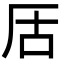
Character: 㕆